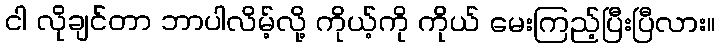
ငါ လိုချင်တာ ဘာပါလိမ့်လို့ ကိုယ့်ကို ကိုယ် မေးကြည့်ပြီးပြီလား။